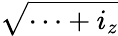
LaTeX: \sqrt{\cdots+i_{z}}